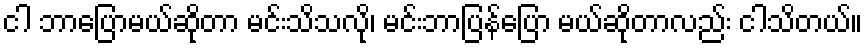
ငါ ဘာပြောမယ်ဆိုတာ မင်းသိသလို၊ မင်းဘာပြန်ပြော မယ်ဆိုတာလည်း ငါသိတယ်။